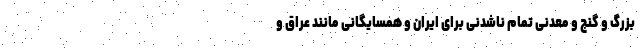
بزرگ و گنج و معدنی تمام ناشدنی برای ایران و همسایگانی مانند عراق و